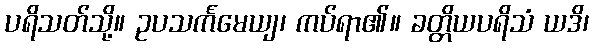
ပရိသတ်သို့။ ဥပသင်္ကမေယျ၊ ကပ်ရာ၏။ ခတ္တိယပရိသံ ယဒိ၊